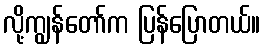
လို့ကျွန်တော်က ပြန်ပြောတယ်။